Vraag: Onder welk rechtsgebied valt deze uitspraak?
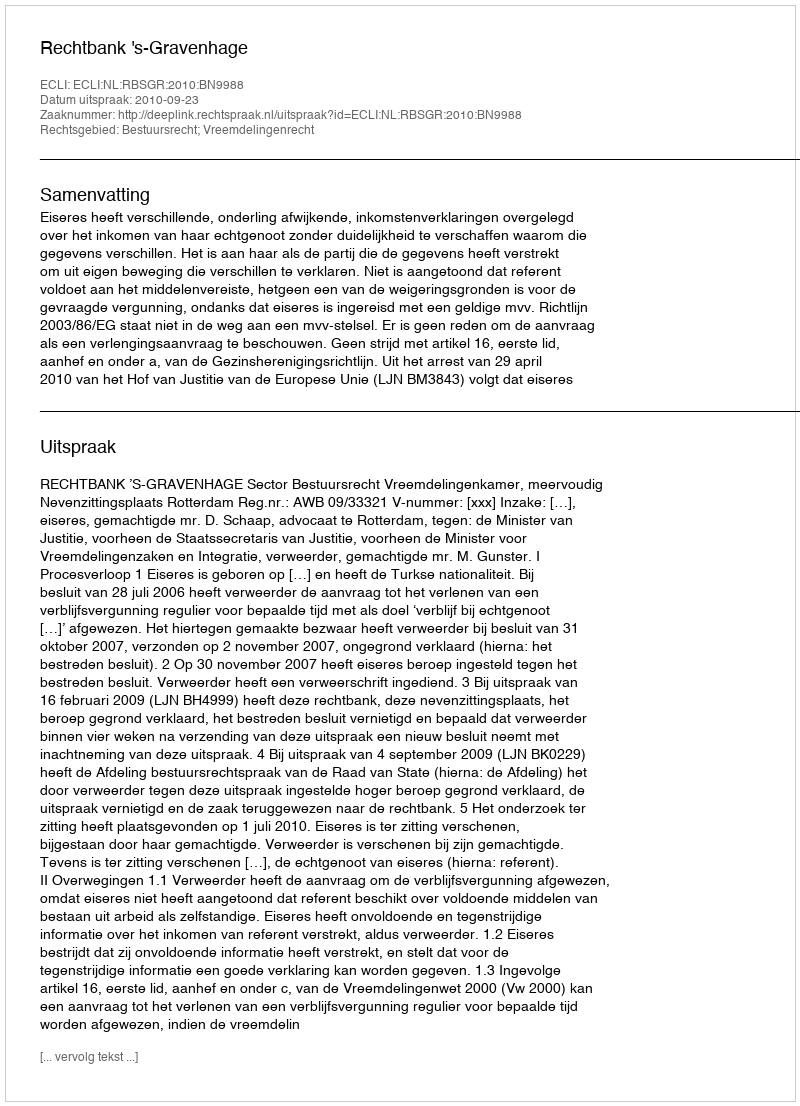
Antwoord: Bestuursrecht; Vreemdelingenrecht